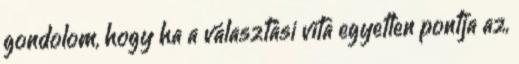
gondolom, hogy ha a választási vita egyetlen pontja az,